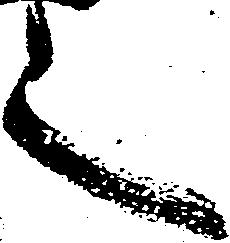
之